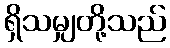
ရှိသမျှတို့သည်